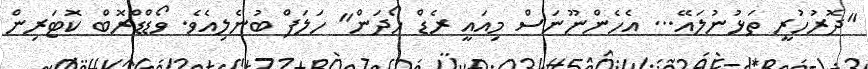
"ދޮރުހުރީ ތަޅުނުލައޭ... އެހެންނޫނަސް މިއައީ ރެޑް ހޯދަން" ހަލަފް ބުނެލިއެވެ. ވޯޑްޑްރޮބް ކޮޓަރިން